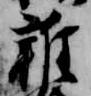
雑